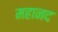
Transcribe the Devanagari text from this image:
महानद